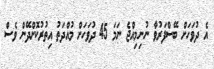
އެ ދުވަހަށް ބޭސްފަރުވާ ނުނިމިއްޖެ ނަމަ 45 ދުވަހަށް މުއްދަތު އިތުރުކޮށްދޭން ވެސް